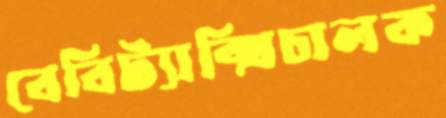
বেবিট্যাক্সিচালক